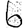
Digit: 6